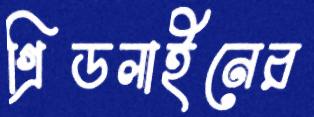
গ্রিডলাইনের